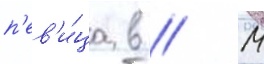
п'ев'и́ца в // М